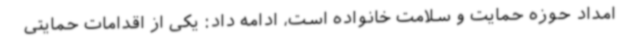
امداد حوزه حمایت و سلامت خانواده است، ادامه داد: یکی از اقدامات حمایتی